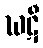
ဃဋီ